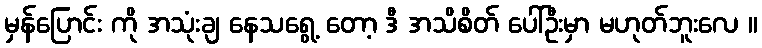
မှန်ပြောင်း ကို အသုံးချ နေသရွေ့ တော့ ဒီ အသိစိတ် ပေါ်ဦးမှာ မဟုတ်ဘူးလေ ။